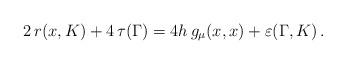
LaTeX: \begin{align*} 2 \,r(x,K) + 4\,\tau(\Gamma) = 4h \, g_\mu(x,x)+\varepsilon(\Gamma,K) \, . \end{align*}